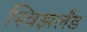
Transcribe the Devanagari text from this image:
स्विझर्लंड